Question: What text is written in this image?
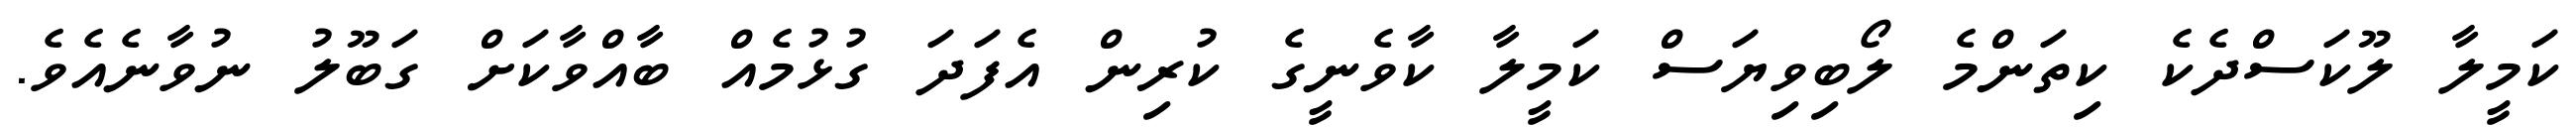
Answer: ކަމީލާ ލޫކަސްދެކެ ކިތަންމެ ލޯބިވިޔަސް ކަމީލާ ކާވެނީގެ ކުރިން އެފަދަ ގުޅުމެއް ބާއްވާކަށް ގަބޫލު ނުވާނެއެވެ.